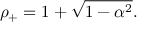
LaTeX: \rho _ { + } = 1 + \sqrt { 1 - \alpha ^ { 2 } } .